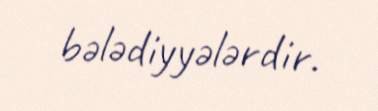
bələdiyyələrdir.